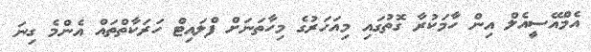
އެމްއޭސީއެލް އިން ހާމަކުރާ ގޮތުގައި މިއަހަރުގެ މިހާތަނަށް ފްލައިޓް ހަރަކާތްތައް އެންމެ ގިނަ